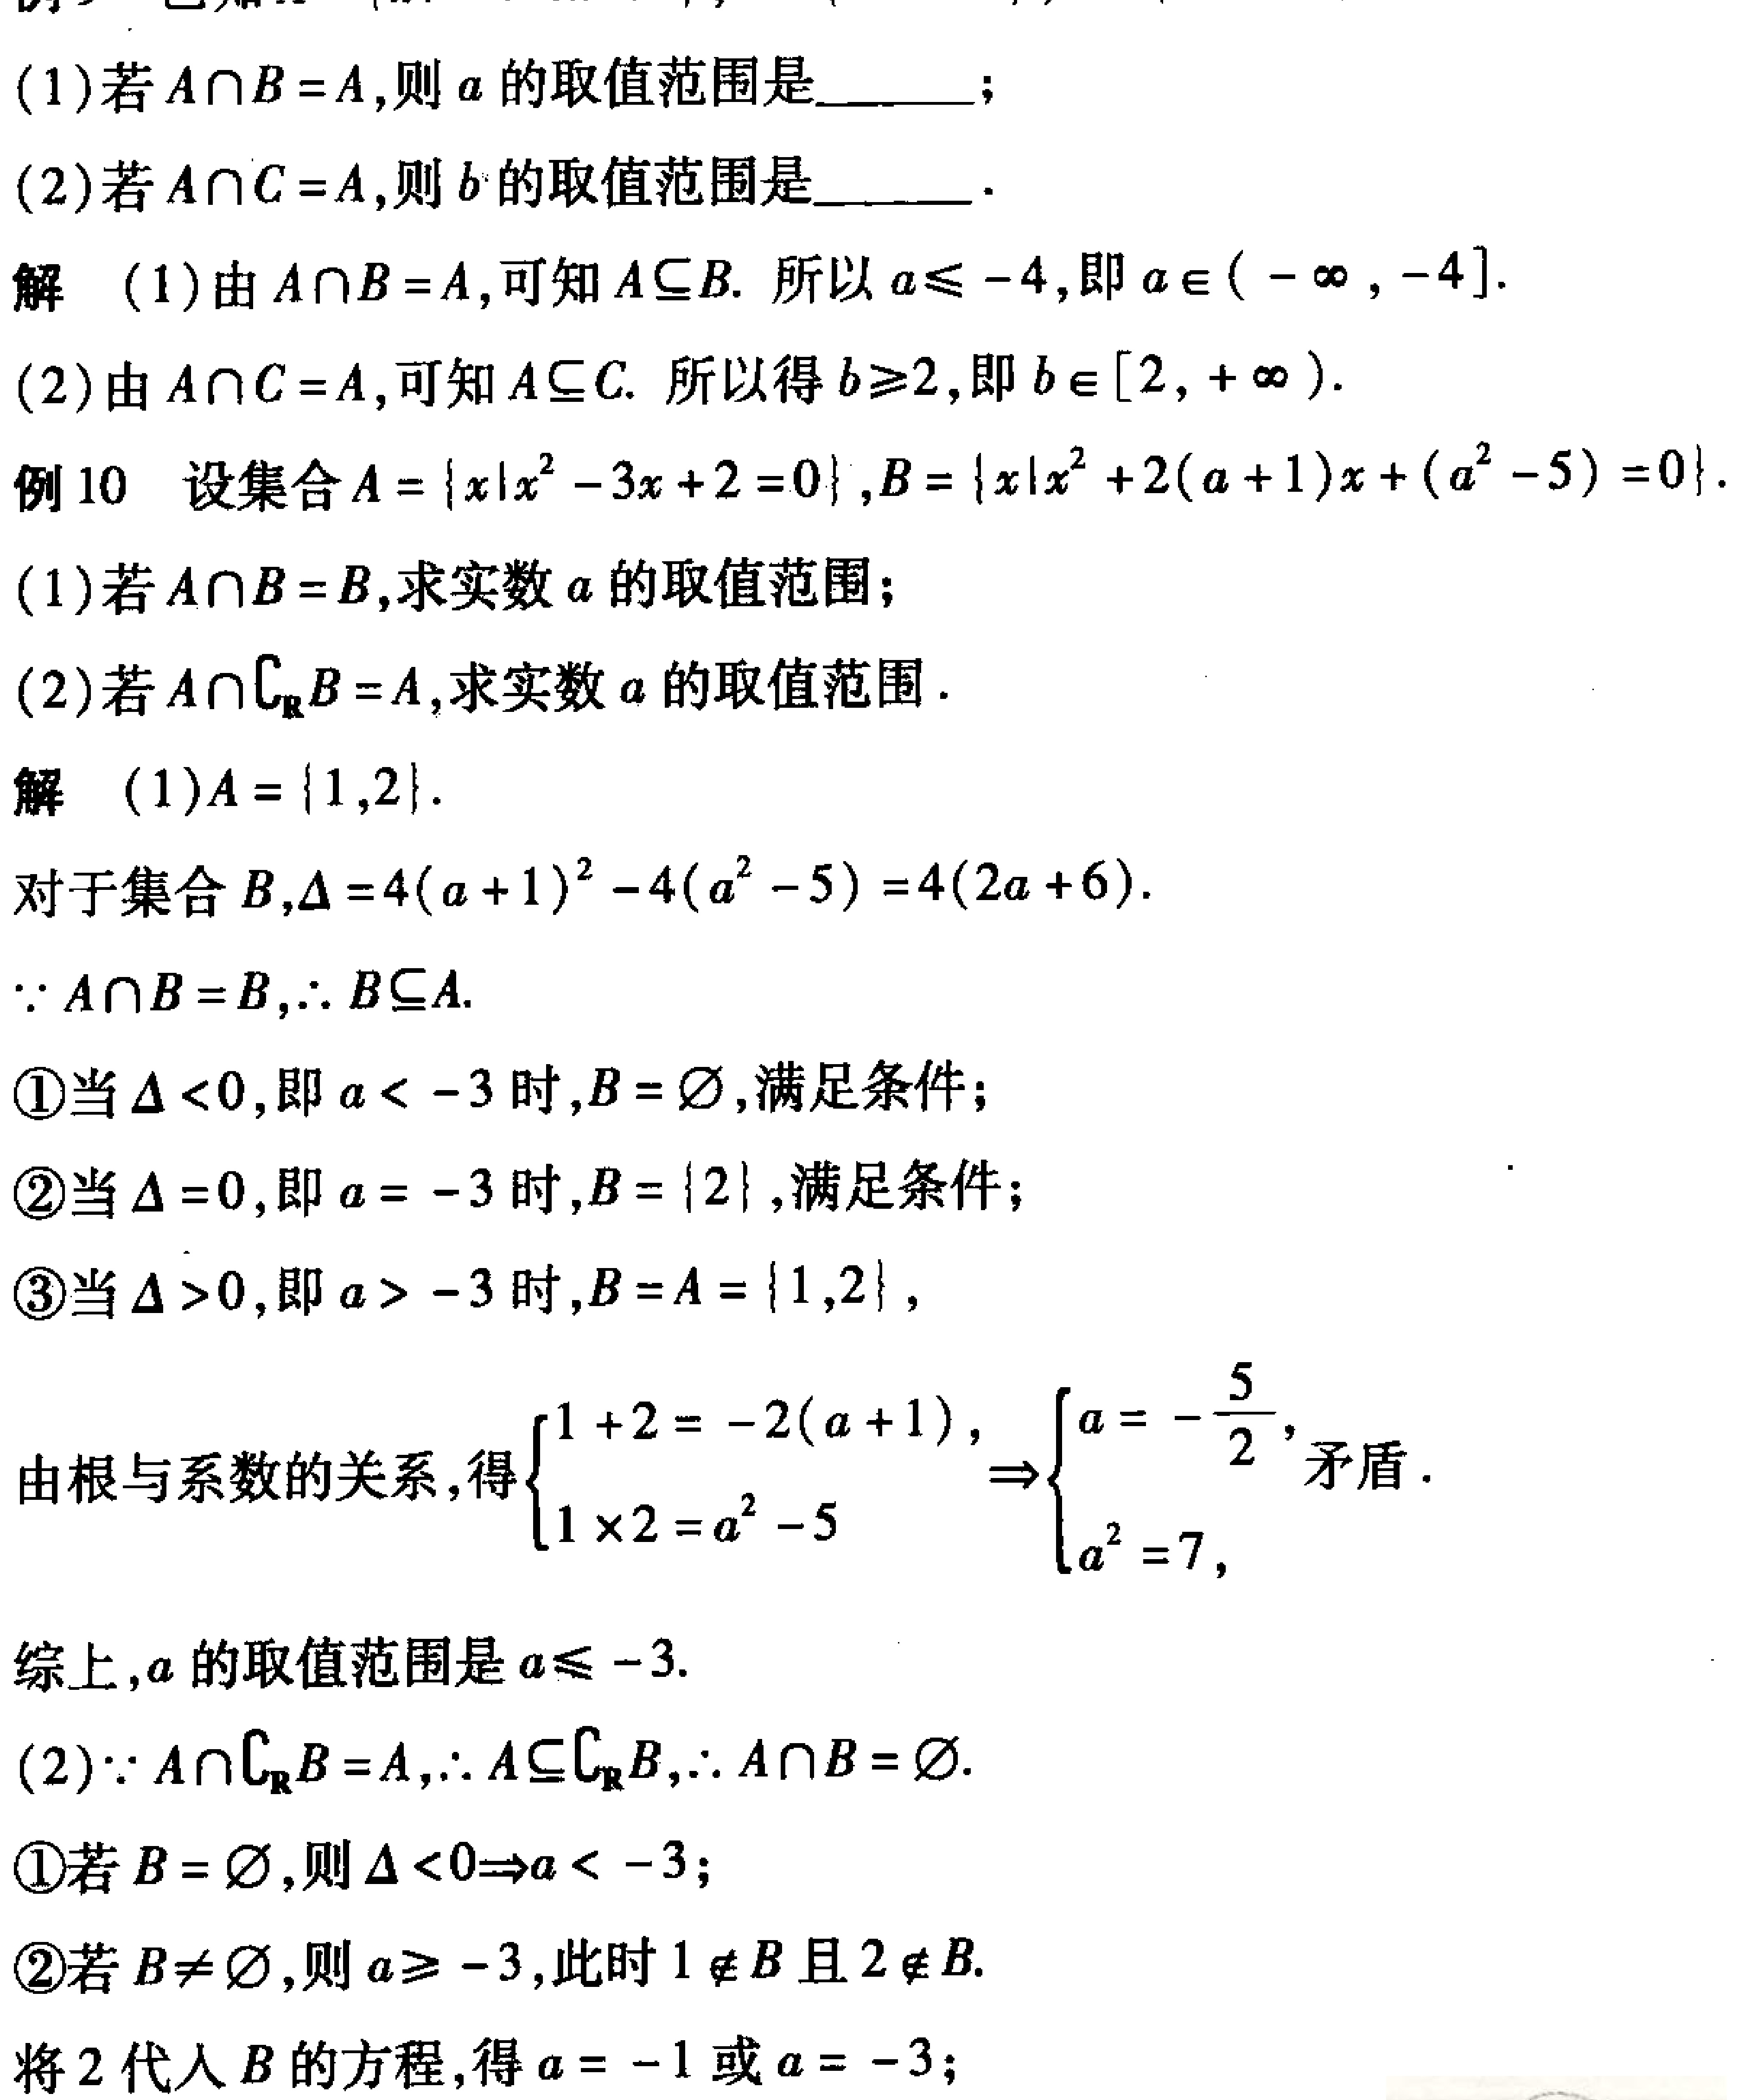
(1)若\(A\cap B = A\)，则\(a\)的取值范围是  ；
(2)若\(A\cap C = A\)，则\(b\)的取值范围是  ．
解 (1)由\(A\cap B = A\)，可知\(A\subseteq B\). 所以\(a\leqslant - 4\)，即\(a\in(-\infty,-4]\).
(2)由\(A\cap C = A\)，可知\(A\subseteq C\). 所以得\(b\geqslant2\)，即\(b\in[2,+\infty)\).
例10 设集合\(A = \{x|x^{2}-3x + 2 = 0\}\)，\(B = \{x|x^{2}+2(a + 1)x+(a^{2}-5)=0\}\).
(1)若\(A\cap B = B\)，求实数\(a\)的取值范围；
(2)若\(A\cap\complement_{\mathbf{R}}B = A\)，求实数\(a\)的取值范围．
解 (1)\(A = \{1,2\}\).
对于集合\(B\)，\(\Delta = 4(a + 1)^{2}-4(a^{2}-5)=4(2a + 6)\).
\(\because A\cap B = B\)，\(\therefore B\subseteq A\).
\textcircled{1}当\(\Delta\lt0\)，即\(a\lt - 3\)时，\(B = \varnothing\)，满足条件；
\textcircled{2}当\(\Delta = 0\)，即\(a = - 3\)时，\(B = \{2\}\)，满足条件；
\textcircled{3}当\(\Delta\gt0\)，即\(a\gt - 3\)时，\(B = A = \{1,2\}\)，
由根与系数的关系，得\(\begin{cases}1 + 2 = - 2(a + 1),\\1\times2 = a^{2}-5\end{cases}\Rightarrow\begin{cases}a = -\dfrac{5}{2},\\a^{2}=7,\end{cases}\)矛盾．
综上，\(a\)的取值范围是\(a\leqslant - 3\).
(2)\(\because A\cap\complement_{\mathbf{R}}B = A\)，\(\therefore A\subseteq\complement_{\mathbf{R}}B\)，\(\therefore A\cap B = \varnothing\).
\textcircled{1}若\(B = \varnothing\)，则\(\Delta\lt0\Rightarrow a\lt - 3\)；
\textcircled{2}若\(B\neq\varnothing\)，则\(a\geqslant - 3\)，此时\(1\notin B\)且\(2\notin B\).
将\(2\)代入\(B\)的方程，得\(a = - 1\)或\(a = - 3\)；